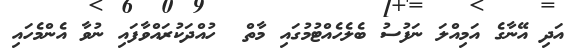
އަދި އޭނާގެ އަމިއްލަ ނަފުސު ބެލެހެއްޓުމުގައި މާތް  ހުއްދަކުރައްވާފައި ނުވާ އެންމެހައި